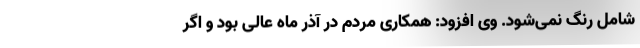
شامل رنگ نمی‌شود. وی افزود: همکاری مردم در آذر ماه عالی بود و اگر